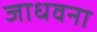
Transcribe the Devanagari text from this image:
जाधवना